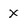
Character: X